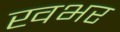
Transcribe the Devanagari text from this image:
खभर